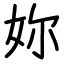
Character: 妳